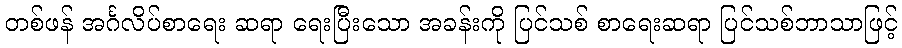
တစ်ဖန် အင်္ဂလိပ်စာရေး ဆရာ ရေးပြီးသော အခန်းကို ပြင်သစ် စာရေးဆရာ ပြင်သစ်ဘာသာဖြင့်